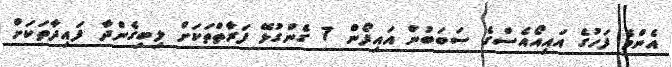
އެންމެ ފަހުގެ އައިއޯއެސްގެ ސަބަބުން އައިފޯން 7 ގެންގުޅޭ ފަރާތްތަކަށް ލިބިގެންދާ ފައިދާތަކަށް